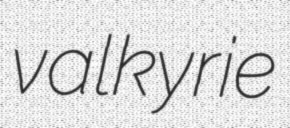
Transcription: valkyrie